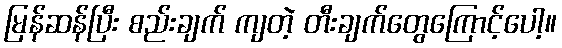
မြန်ဆန်ပြီး စည်းချက် ကျတဲ့ တီးချက်တွေကြောင့်ပေါ့။